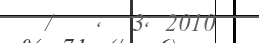
/